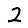
Digit: 2